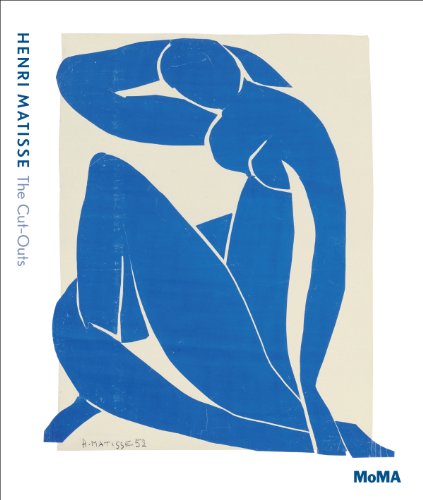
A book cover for Henri Matisse: The Cut-Outs; Arts & Photography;